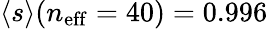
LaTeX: \langle s\rangle(n_{\mathrm{eff}}=40)=0.996